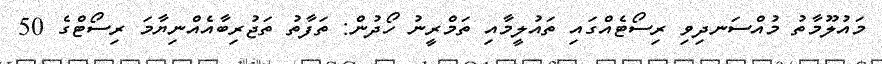
މައުލޫމާތު މުއްސަނދިވި ރިސޯޓެއްގައި ތައުލީމާއި ތަމްރީނު ހޯދުން: ތަފާތު ތަޖުރިބާއެއްނިޔާމަ ރިސޯޓްގެ 50